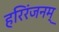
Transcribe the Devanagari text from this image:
हरिरंजनम्